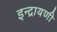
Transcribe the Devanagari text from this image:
इन्द्रायणी